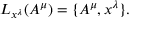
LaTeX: L _ { x ^ { \lambda } } ( A ^ { \mu } ) = \{ A ^ { \mu } , x ^ { \lambda } \} .